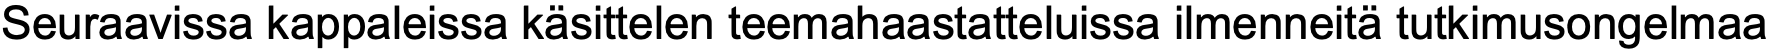
Seuraavissa kappaleissa käsittelen teemahaastatteluissa ilmenneitä tutkimusongelmaa